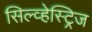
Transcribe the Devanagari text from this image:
सिल्व्हेस्ट्रिज